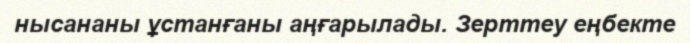
нысананы ұстанғаны аңғарылады. Зерттеу еңбекте